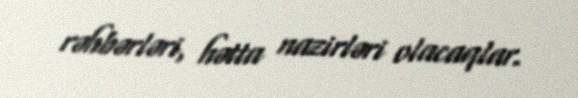
rəhbərləri, hətta nazirləri olacaqlar.